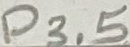
Text: P3.5